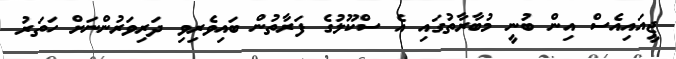
ޖީއައިއެސް އިން ބުނީ މުބާރާތުގައި އެ ސްކޫލުގެ ފަރާތުން ބައިވެރިވި ދަރިވަރުންނަށް ހަތަރު